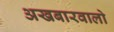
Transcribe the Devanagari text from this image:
अखबारवालो